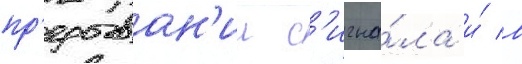
пр'ерыван'ии с'игна́ла и́ в